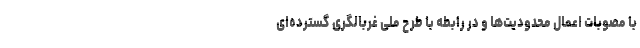
با مصوبات اعمال محدودیت‌ها و در رابطه با طرح ملی غربالگری گسترده‌ای